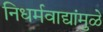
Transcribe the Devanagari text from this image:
निधर्मवाद्यांमुळे